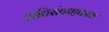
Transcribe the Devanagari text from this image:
अतिसंवाहकास